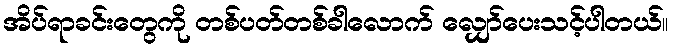
အိပ်ရာခင်းတွေကို တစ်ပတ်တစ်ခါလောက် လျှော်ပေးသင့်ပါတယ်။